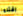
اقتلوا